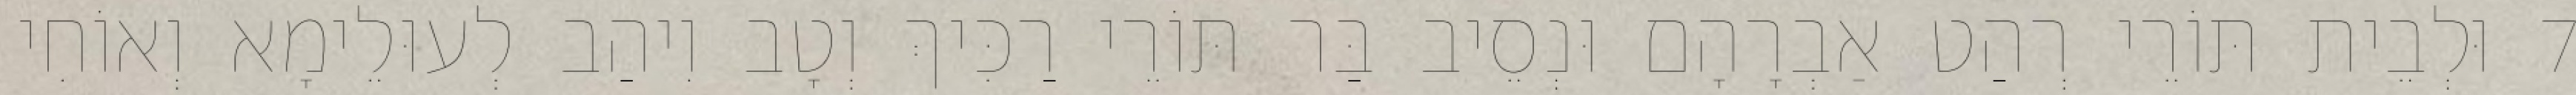
7 וּלְבֵית תּוֹרֵי רְהַט אַבְרָהָם וּנְסֵיב בַּר תּוֹרֵי רַכִּיךְ וְטָב וִיהַב לְעוּלֵימָא וְאוֹחִי